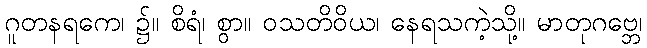
ဂူတနရကေ၊ ၌။ စိရံ၊ စွာ။ ဝသတိဝိယ၊ နေရသကဲ့သို့။ မာတုဂဗ္ဘေ၊